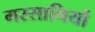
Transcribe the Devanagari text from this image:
गस्सानियों